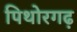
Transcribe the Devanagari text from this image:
पिथोरगढ़